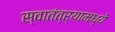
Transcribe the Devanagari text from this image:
स्वातंत्र्यामध्ये